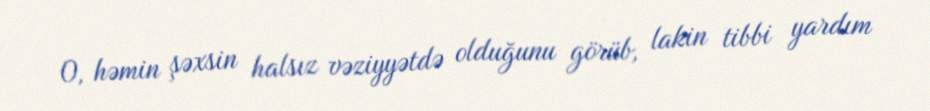
O, həmin şəxsin halsız vəziyyətdə olduğunu görüb, lakin tibbi yardım